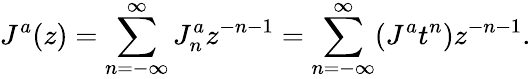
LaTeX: J^{a}(z)=\sum_{n=-\infty}^{\infty}J_{n}^{a}z^{-n-1}=\sum_{n=-\infty}^{\infty}(J^{a}t^{n})z^{-n-1}.